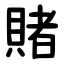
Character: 賭